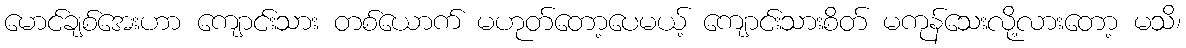
မောင်ချစ်အေးဟာ ကျောင်းသား တစ်ယောက် မဟုတ်တော့ပေမယ့် ကျောင်းသားစိတ် မကုန်သေးလို့လားတော့ မသိ၊